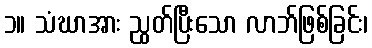
၁။ သံဃာအား ညွတ်ပြီးသော လာဘ်ဖြစ်ခြင်း၊